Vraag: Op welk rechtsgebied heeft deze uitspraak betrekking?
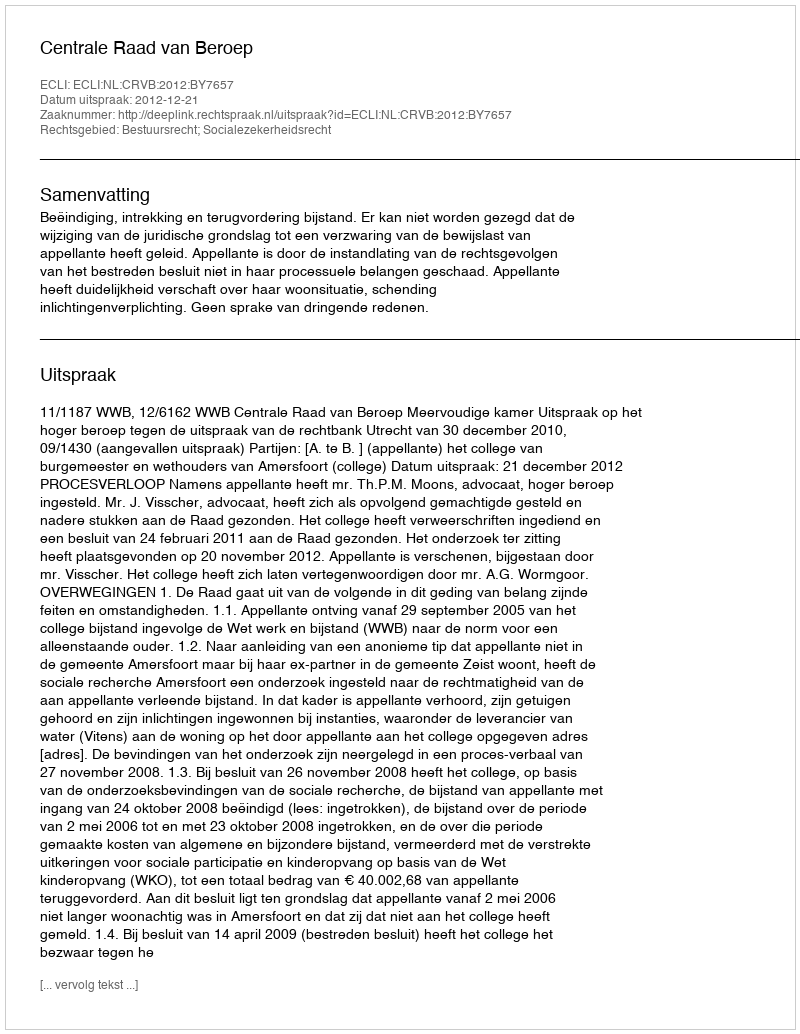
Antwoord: Bestuursrecht; Socialezekerheidsrecht